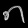
Digit: ၈